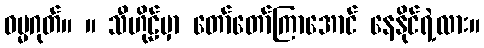
ဓမ္မဂုတ်။ ။ သီဟိုဠ်မှာ တော်တော်ကြာအောင် နေနိုင်ရဲ့လား။